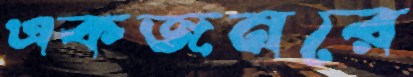
একজনরে